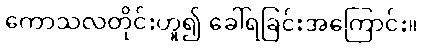
ကောသလတိုင်းဟူ၍ ခေါ်ရခြင်းအကြောင်း။